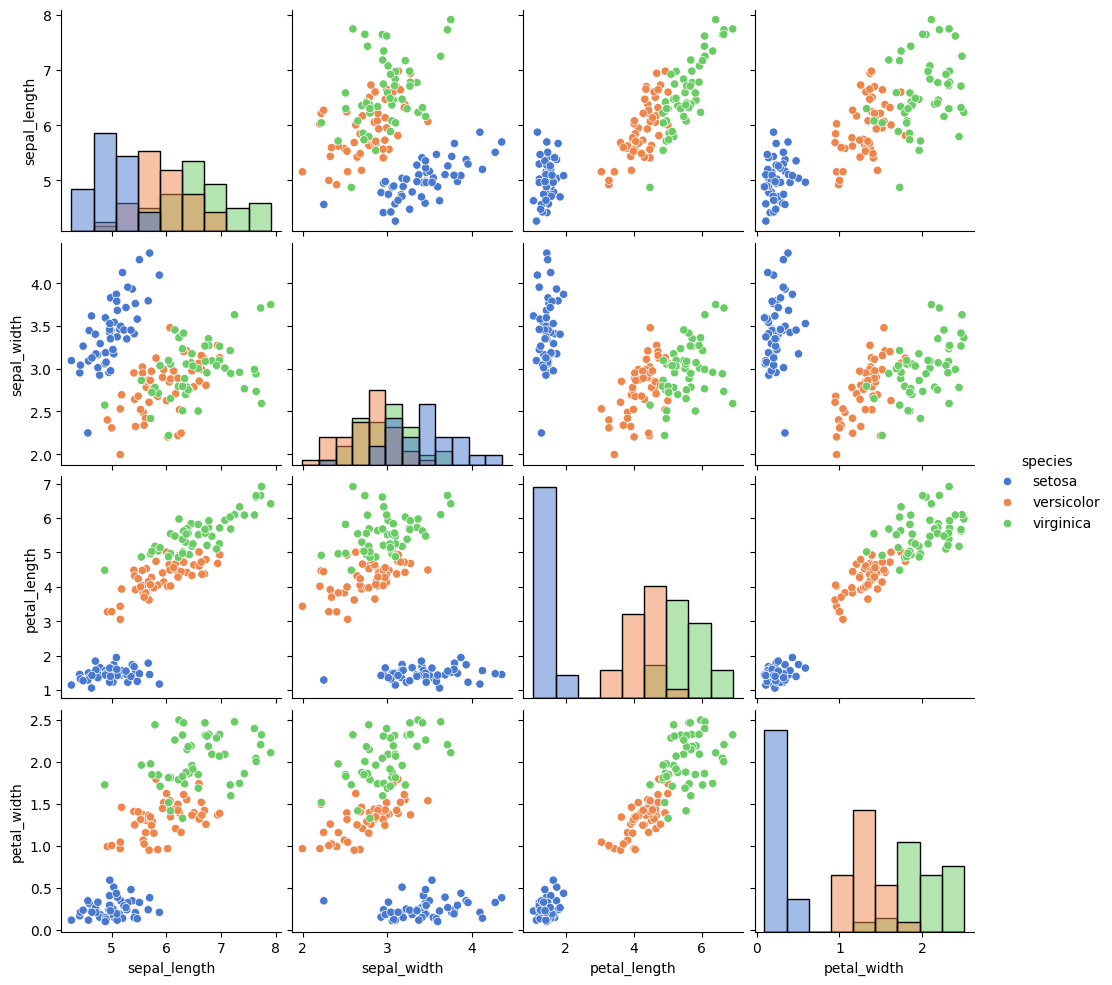
python, seaborn, pairplot, palette='muted', markers=['o'], kind='scatter', diag_kind='hist'